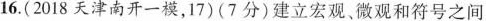
16. ( 2 0 1 8 天津南开一模， 1 7 ) ( 7 分 ) 建立宏观、微观和符号之间